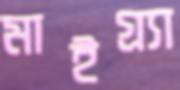
মাইগ্র্যা